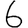
Digit: 6